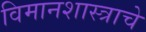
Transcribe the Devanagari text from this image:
विमानशास्त्राचे